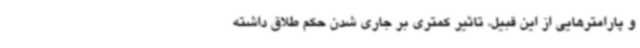
و پارامترهایی از این قبیل، تاثیر کمتری بر جاری شدن حکم طلاق داشته